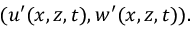
( u ^ { \prime } ( x , z , t ) , w ^ { \prime } ( x , z , t ) ) .